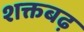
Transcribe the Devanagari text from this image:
शक्तबढ़